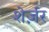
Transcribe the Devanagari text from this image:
शेर्ज़र